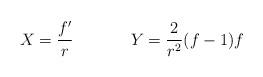
LaTeX: \begin{align*}\begin{array}{cc}X=\displaystyle{\frac{f^{\prime}}{r}}~~~~&~~~~Y=\displaystyle{\frac{2}{r^{2}}}(f-1)f\end{array}\end{align*}